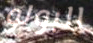
البولو